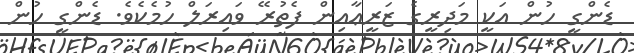
ޑެންގީ ހުން އަކީ މަދިރީގެ ޒަރީޢާއިން ފެތުރޭ ވައިރަލް ހުމެކެވެ. ޑެންގީ ހުން